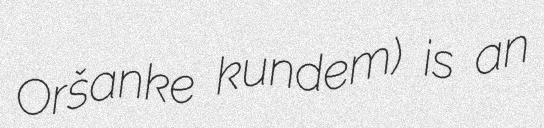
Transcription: Oršanke kundem) is an